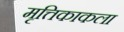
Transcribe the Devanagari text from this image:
मृत्तिकाकला